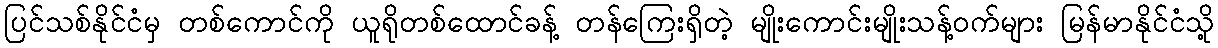
ပြင်သစ်နိုင်ငံမှ တစ်ကောင်ကို ယူရိုတစ်ထောင်ခန့် တန်ကြေးရှိတဲ့ မျိုးကောင်းမျိုးသန့်ဝက်များ မြန်မာနိုင်ငံသို့